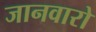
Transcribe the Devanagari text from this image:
जानवारो